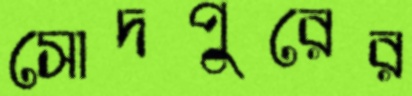
সোদপুরের